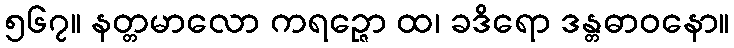
၅၆၇။ နတ္တမာလော ကရဉ္ဇော ထ၊ ခဒိရော ဒန္တဓာဝနော။